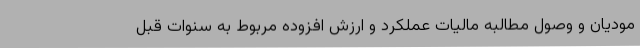
مودیان و وصول مطالبه مالیات عملکرد و ارزش افزوده مربوط به سنوات قبل